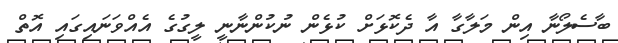
ބާސެލޯނާ އިން މަލާގާ އާ ދެކޮޅަށް ކުޅެން ނުކުންނާނީ ލީގުގެ އެއްވަނައިގައި އޮތް